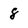
Character: 8